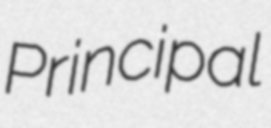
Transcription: Principal